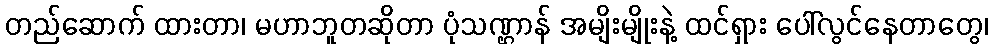
တည်ဆောက် ထားတာ၊ မဟာဘူတဆိုတာ ပုံသဏ္ဌာန် အမျိးမျိုးနဲ့ ထင်ရှား ပေါ်လွင်နေတာတွေ၊